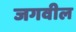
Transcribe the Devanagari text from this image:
जगवील